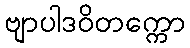
ဗျာပါဒဝိတက္ကော